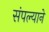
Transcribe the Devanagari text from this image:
संपल्‍याने